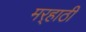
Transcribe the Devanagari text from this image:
मर्‍हाठी